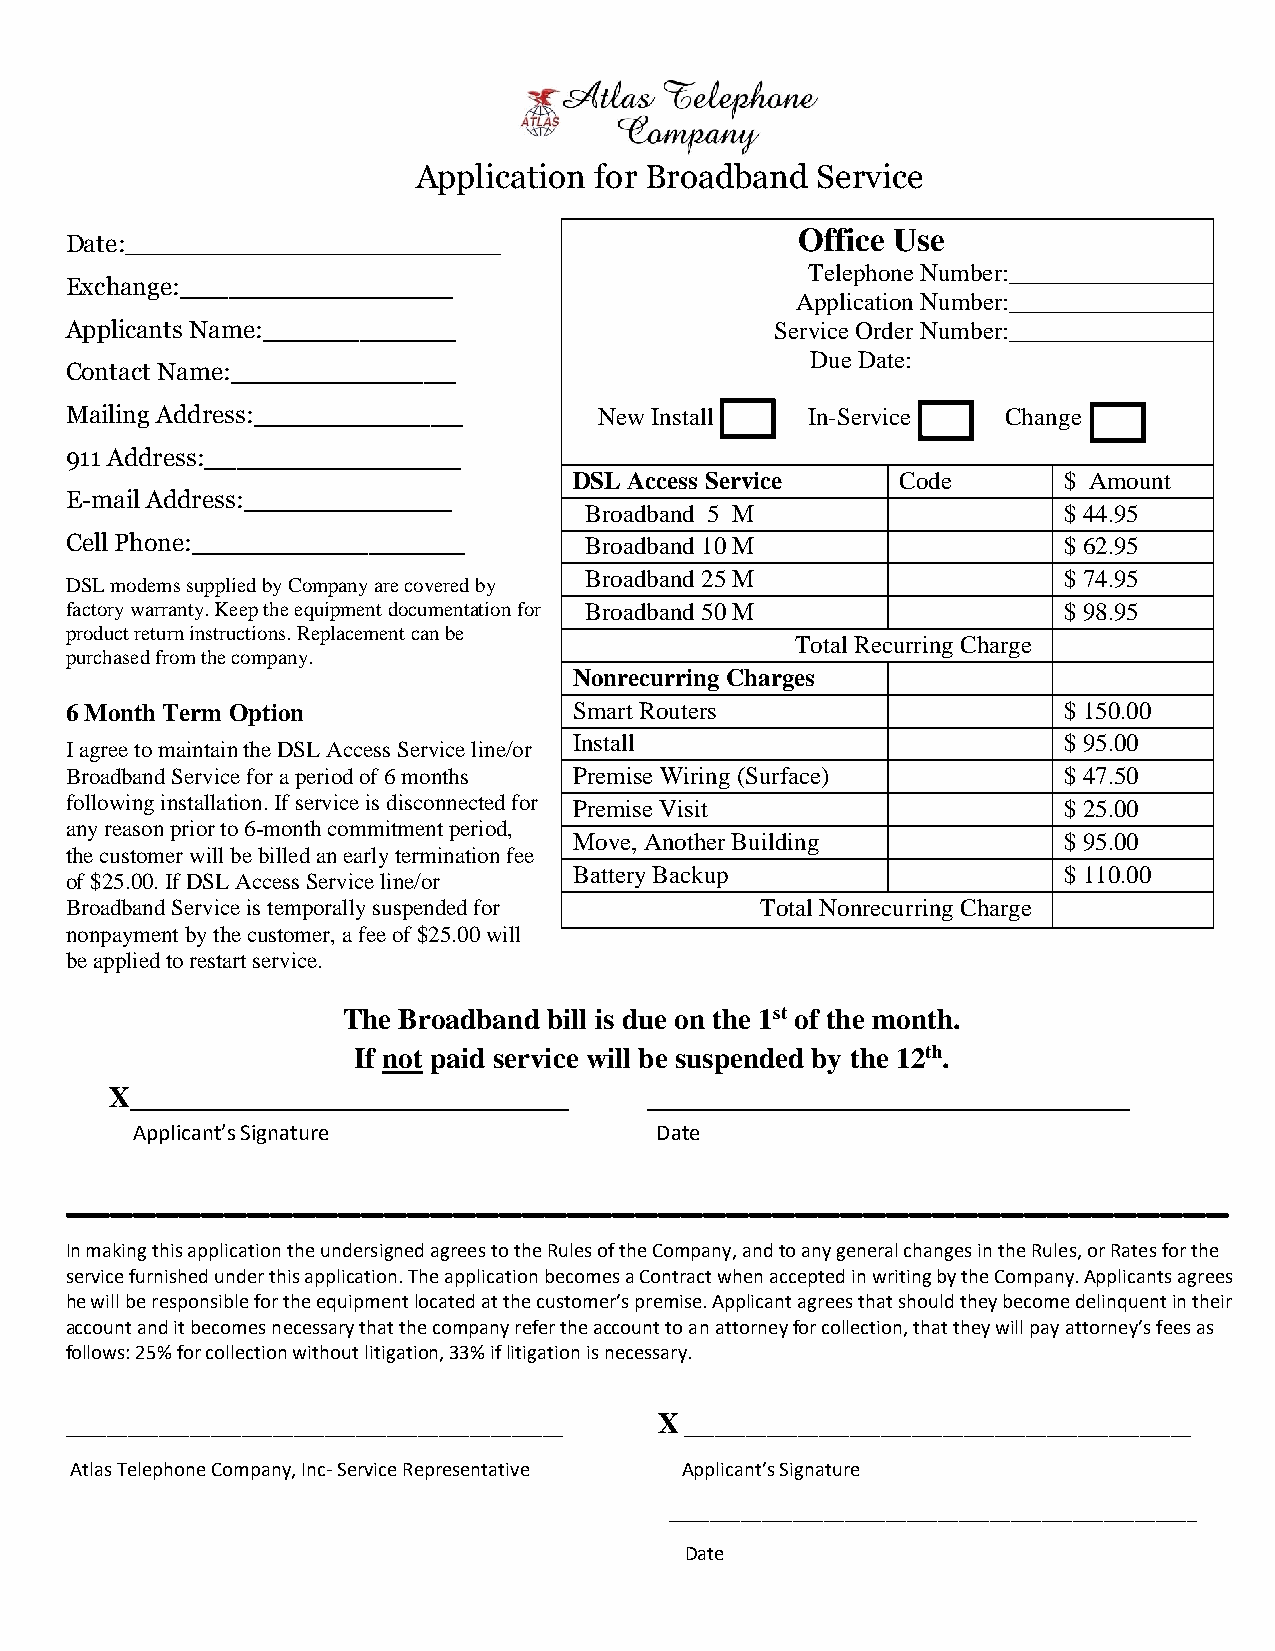
Application for Broadband Service
 Office Use
 Date:______________________________
 Telephone Number:___________________
 Exchange:_________________
 Application Number:___________________
 Applicants Name:____________                   Service Order Number:___________________
 Due Date:
 Contact Name:______________
 Mailing Address:_____________       New Install  In-Service    Change
 911 Address:________________
 DSL Access Service    Code      $ Amount
 E-mail Address:_____________
 Broadband 5 M                  $ 44.95
 Cell Phone:_________________       Broadband 10 M                 $ 62.95
 Broadband 25 M                 $ 74.95
 DSL modems supplied by Company are covered by
 factory warranty. Keep the equipment documentation for Broadband 50 M $ 98.95
 product return instructions. Replacement can be
 Total Recurring Charge
 purchased from the company.
 Nonrecurring Charges
 6 Month Term Option               Smart Routers                   $ 150.00
 Install                         $ 95.00
 I agree to maintain the DSL Access Service line/or
 Broadband Service for a period of 6 months Premise Wiring (Surface) $ 47.50
 following installation. If service is disconnected for Premise Visit $ 25.00
 any reason prior to 6-month commitment period,
 Move, Another Building          $ 95.00
 the customer will be billed an early termination fee
 Battery Backup                  $ 110.00
 of $25.00. If DSL Access Service line/or
 Broadband Service is temporally suspended for Total Nonrecurring Charge
 nonpayment by the customer, a fee of $25.00 will
 be applied to restart service.
 The Broadband bill is due on the 1st of the month.
 If not paid service will be suspended by the 12th.
 X______________________________     _________________________________
 Applicant’s Signature             Date
 ___________________________________________________
 In making this application the undersigned agrees to the Rules of the Company, and to any general changes in the Rules, or Rates for the
 service furnished under this application. The application becomes a Contract when accepted in writing by the Company. Applicants agrees
 he will be responsible for the equipment located at the customer’s premise. Applicant agrees that should they become delinquent in their
 account and it becomes necessary that the company refer the account to an attorney for collection, that they will pay attorney’s fees as
 follows: 25% for collection without litigation, 33% if litigation is necessary.
 X
 ________________________________________________ _________________________________________________
 Atlas Telephone Company, Inc- Service Representative Applicant’s Signature
 ___________________________________________________
 Date